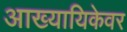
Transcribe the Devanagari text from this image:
आख्यायिकेवर